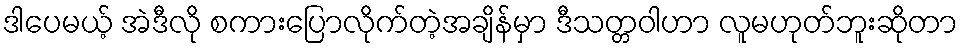
ဒါပေမယ့် အဲဒီလို စကားပြောလိုက်တဲ့အချိန်မှာ ဒီသတ္တဝါဟာ လူမဟုတ်ဘူးဆိုတာ